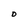
Character: o